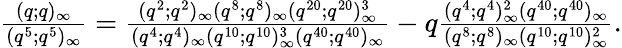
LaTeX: \begin{array}{r}{\frac{(q;q)_{\infty}}{(q^{5};q^{5})_{\infty}}=\frac{(q^{2};q^{2})_{\infty}(q^{8};q^{8})_{\infty}(q^{20};q^{20})_{\infty}^{3}}{(q^{4};q^{4})_{\infty}(q^{10};q^{10})_{\infty}^{3}(q^{40};q^{40})_{\infty}}-q\frac{(q^{4};q^{4})_{\infty}^{2}(q^{40};q^{40})_{\infty}}{(q^{8};q^{8})_{\infty}(q^{10};q^{10})_{\infty}^{2}}.}\end{array}